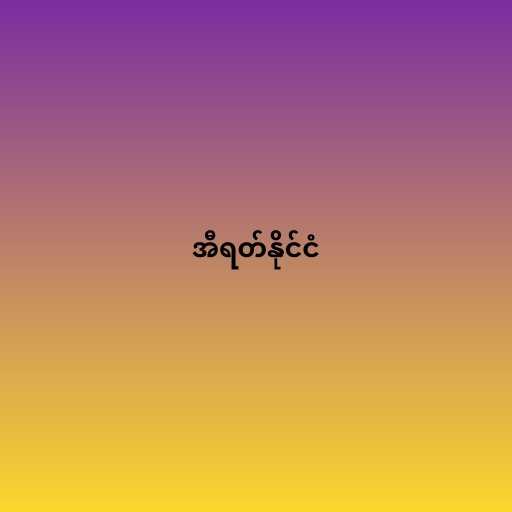
အီရတ်နိုင်ငံ